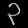
Digit: ၃